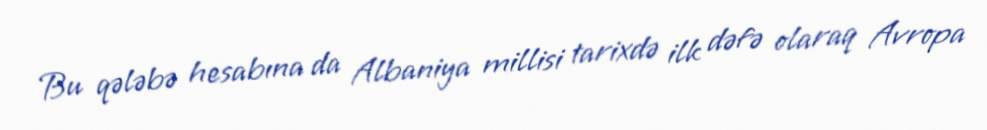
Bu qələbə hesabına da Albaniya millisi tarixdə ilk dəfə olaraq Avropa